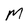
Character: M